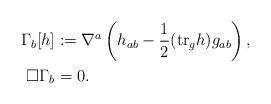
LaTeX: \begin{align*}\Gamma_b[h]&:=\nabla^a\left(h_{ab}-\frac{1}{2}(\textup{tr}_g h)g_{ab}\right),\\\Box \Gamma_b&=0.\end{align*}